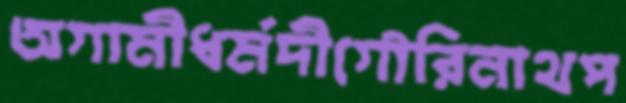
অগামীধর্মদীগৌরিনাথপ